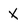
Character: X